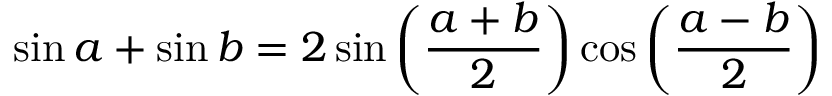
\sin a + \sin b = 2 \sin \left( { \frac { a + b } { 2 } } \right) \cos \left( { \frac { a - b } { 2 } } \right)